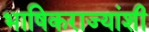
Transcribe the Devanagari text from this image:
भाषिकराज्यांशी